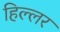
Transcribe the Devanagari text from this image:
हिल्लर